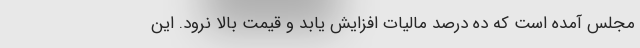
مجلس آمده است که ده درصد مالیات افزایش یابد و قیمت بالا نرود. این